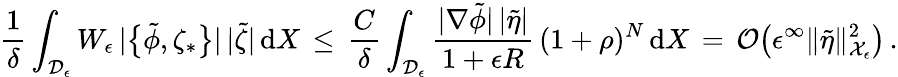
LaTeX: \frac{1}{\delta}\int_{\mathcal{D}_{\epsilon}}W_{\epsilon}\, |\bigl\{ \tilde{\phi},\zeta_{*}\bigr\} |\, |\tilde{\zeta}|\, \mathrm{d}X\, \le\, \frac{C}{\delta}\int_{\mathcal{D}_{\epsilon}}\frac{|\nabla\tilde{\phi}|\, |\tilde{\eta}|}{1+\epsilon R}\, (1+\rho)^{N}\, \mathrm{d}X\, =\, \mathcal{O}\bigl(\epsilon^{\infty}\| \tilde{\eta}\| _{\mathcal{X}_{\epsilon}}^{2}\bigr)\, .